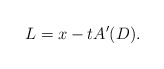
\begin{align*}L = x - tA'(D).\end{align*}